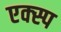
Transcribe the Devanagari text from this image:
एक्स्प